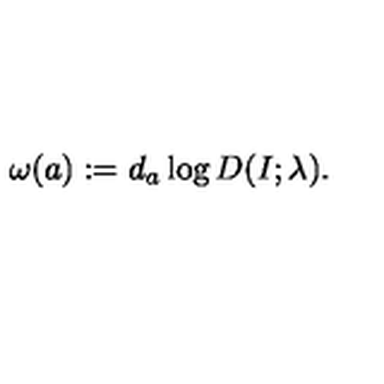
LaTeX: \omega ( a ) : = d _ { a } \log D ( I ; \lambda ) .